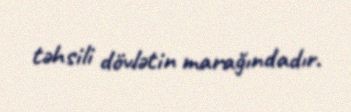
təhsili dövlətin marağındadır.